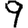
Digit: 9